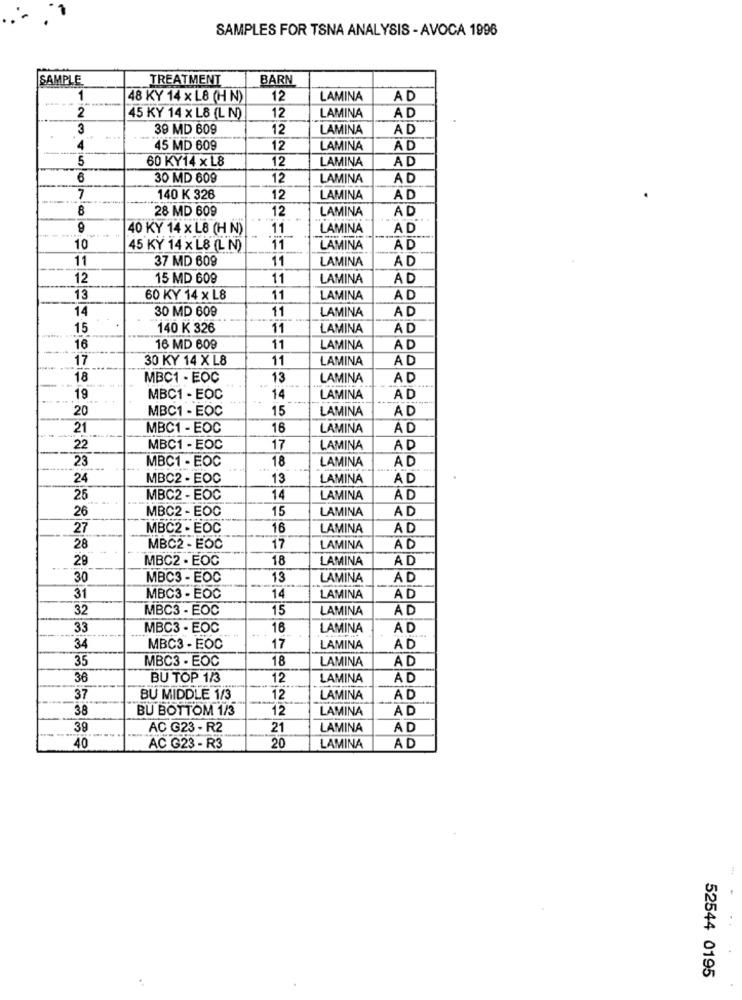
SAMPLES FOR TSNA ANALYSIS - AVOCA 1996
SAMPLE
TREATMENT
BARN
1
48 KY 14 x L8 (H N)
12
LAMINA
AD
2
45 KY 14 x L8 (L N)
12
LAMINA
AD
3
39 MD 609
12
LAMINA
AD
----
4
45 MD 609
12
LAMINA
AD
5
60 KY14 x L8
12
LAMINA
AD
6
30 MD 609
12
LAMINA
AD
7
140 K 326
12
LAMINA
AD
8
28 MD 609
12
LAMINA
AD
40 KY 14 x L8 (H N)
11
LAMINA
AD
10
45 KY 14 x L8 (L N)
11
LAMINA
AD
11
37 MD 609
11
LAMINA
12
15 MD 609
11
LAMINA
AD
13
60 KY 14 x L8
11
LAMINA
AD
14
30 MD 609
11
LAMINA
AD
15
140 K 326
11
LAMINA
AD
16
16 MD 609
11
LAMINA
AD
17
30 KY 14 XL8
11
LAMINA
AD
18
MBC1 - EOC
13
LAMINA
AD
19
MBC1 - EOC
14
LAMINA
AD
20
MBC1 - EOC
15
LAMINA
AD
21
MBC1 - EOC
16
LAMINA
A D
22
MBC1 - EOC
17
LAMINA
AD
23
18
AD
MBC1 - EOC
LAMINA
24
MBC2 - EOC
13
LAMINA
AD
25
MBC2 - EOC
14
LAMINA
AD
26
MBC2 - EOC
15
LAMINA
AD
27
MBC2 - EOC
16
LAMINA
AD
28
MBC2 - EOC
17
LAMINA
AD
29
MBC2 - EOC
18
LAMINA
AD
30
MBC3 - EOC
13
LAMINA
AD
31
MBC3 - EOC
14
LAMINA
AD
32
MBC3 - EOC
15
LAMINA
AD
33
MBC3 - EOC
16
LAMINA
A D
34
MBC3 - EOC
17
LAMINA
AD
35
MBC3 - EOC
18
LAMINA
AD
36
BU TOP 1/3
12
LAMINA
AD
37
BU MIDDLE 1/3
12
LAMINA
AD
38
BU BOTTOM 1/3
12
LAMINA
AD
39
AC G23 - R2
21
LAMINA
AD
20
40
AC G23 - R3
LAMINA
AD
52544 0195